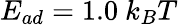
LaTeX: E_{ad}=1.0~k_{B}T